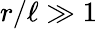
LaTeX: r/\ell\gg 1